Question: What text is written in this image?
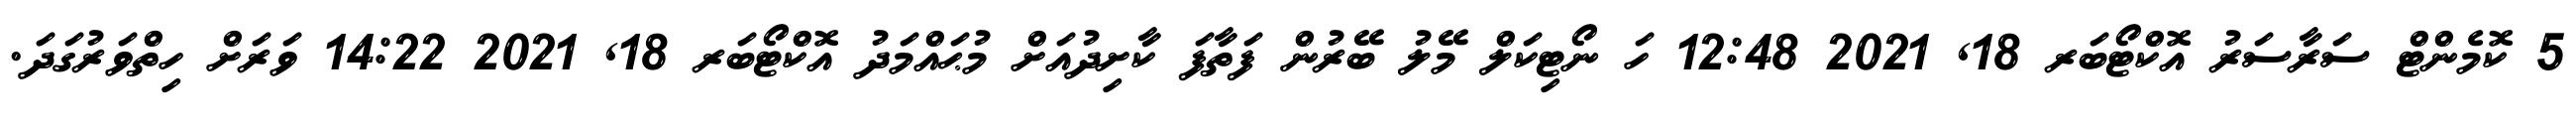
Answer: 5 ކޮމެންޓް ސަރާސަރު އޮކްޓޯބަރ 18, 2021 12:48 ހަ ނޯޓިކަލް މޭލު ބޭރުން ފަތާފަ ކާށިދުއަށް މުޙައްމަދު އޮކްޓޯބަރ 18, 2021 14:22 ވަރަށް ހިތްވަރުގަދަ.